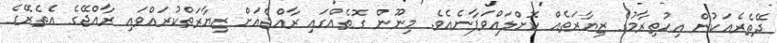
ދޭތެރެއަކުން އިޙުތިރާމުގެ ޒިޔާރަތެއް ކޮށްލައްވަފާނެއެވެ. މިނޫން ގޮތެއްގައި ރާއްޖެއަށް ޒިޔާރަތްކުރައްވައި ރާއްޖޭގެ އެތެރޭގެ